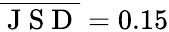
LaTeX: \overline{{\mathrm{~J~S~D~}}}=0.15